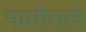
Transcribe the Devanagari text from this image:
मातीतले